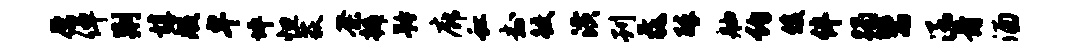
原倬荆椁般卑坪怛荻荼辫矜廊虹封鲛潢刊毳醉舳约俊伴躅鬻涵骨酒